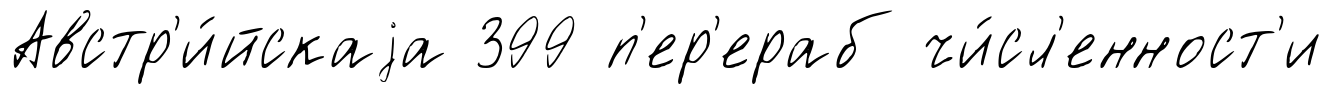
Австр'и́йскаjа 399 п'ер'ераб чи́сл'енност'и